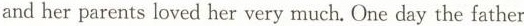
and her parents loved her very much. One day the father